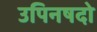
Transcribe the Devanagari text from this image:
उपिनषदो